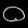
Digit: ၀